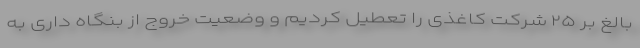
بالغ بر ۲۵ شرکت کاغذی را تعطیل کردیم و وضعیت خروج از بنگاه داری به